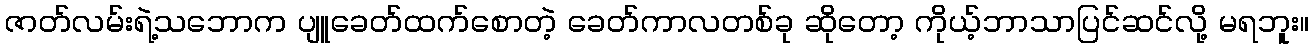
ဇာတ်လမ်းရဲ့သဘောက ပျူခေတ်ထက်စောတဲ့ ခေတ်ကာလတစ်ခု ဆိုတော့ ကိုယ့်ဘာသာပြင်ဆင်လို့ မရဘူး။